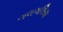
ગલગલિયા